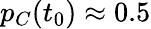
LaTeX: p_{C}(t_{0})\approx 0.5